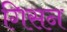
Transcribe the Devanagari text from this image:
गिसन